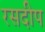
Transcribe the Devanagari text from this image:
रसदीप